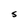
Character: S